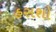
હસશો